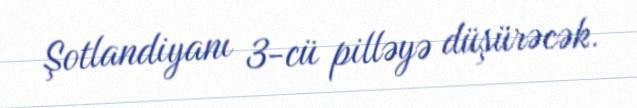
Şotlandiyanı 3-cü pilləyə düşürəcək.